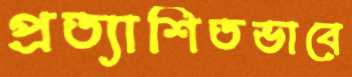
প্রত্যাশিতভাবে